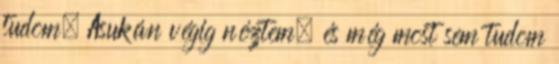
tudom. Asukán végig néztem, és még most sem tudom